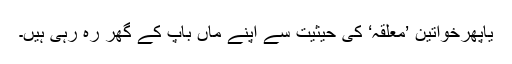
یاپھرخواتین ’معلقہ‘ کی حیثیت سے اپنے ماں باپ کے گھر رہ رہی ہیں۔